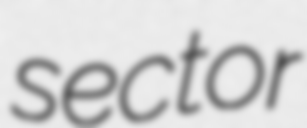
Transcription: sector